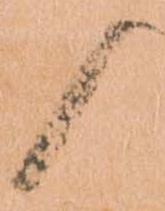
候